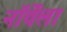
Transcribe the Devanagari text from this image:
नॉर्वेला